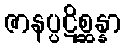
ဇာနပ္ပဋိစ္ဆန္နာ